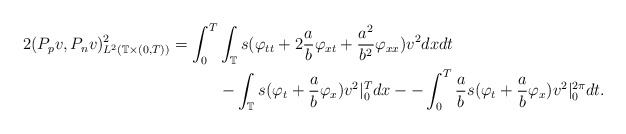
\begin{align*} 2(P_pv,P_nv)_{L^2(\mathbb{T}\times(0,T))}^{2}=\int_{0}^{T}&\int_{\mathbb{T}}s(\varphi_{tt}+2\frac{a}{b}\varphi_{xt}+\frac{a^2}{b^2}\varphi_{xx})v^2dxdt\\ &-\int_{\mathbb{T}}s(\varphi_t+\frac{a}{b}\varphi_x)v^2|_{0}^{T}dx--\int_{0}^{T}\frac{a}{b}s(\varphi_t+\frac{a}{b}\varphi_x)v^2|_{0}^{2\pi}dt.\end{align*}